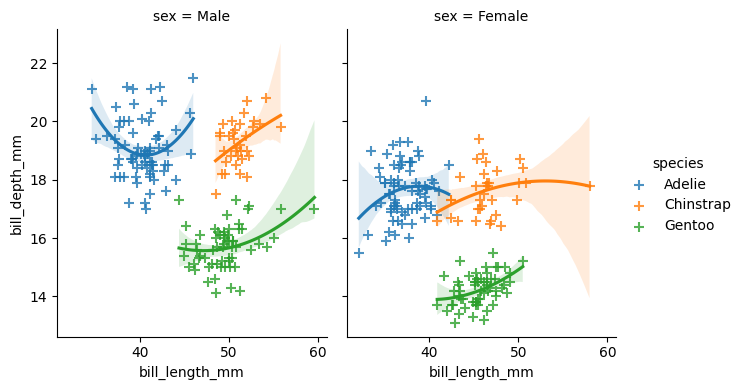
python, seaborn, lmplot, aspect=0.8, order=2, markers='+'